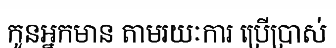
កូនអ្នកមាន តាមរយៈការ ប្រើប្រាស់